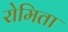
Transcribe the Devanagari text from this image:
रोमिता